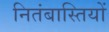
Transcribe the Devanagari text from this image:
नितंबास्तियों